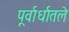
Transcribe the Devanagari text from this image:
पूर्वार्धातले